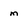
Character: m